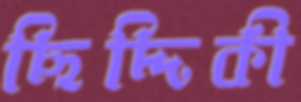
ছিদ্দিকী